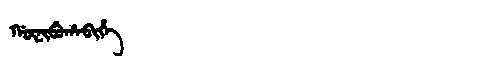
Manchu: ᡤᡡᠨᡳᠪᡠᡥᠠᠪᡳᡥᡝ
Romanization: GŪNIBUHABIHE